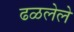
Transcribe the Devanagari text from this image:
ढळलेले